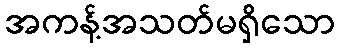
အကန့်အသတ်မရှိသော